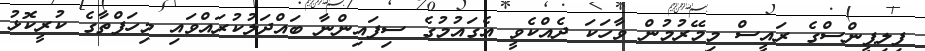
ފިލިޕީންސްގެ ރައީސް މިމޭރުމުން ވާހަކަ ދެއްކެވީ އެގައުމުގެ ސިފައިންނާ ބައްދަލުކުރައްވައި މިހަފްތާގެ ކުރީކޮޅު